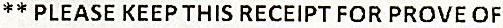
** PLEASE KEEP THIS RECEIPT FOR PROVE OF